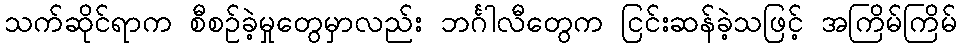
သက်ဆိုင်ရာက စီစဉ်ခဲ့မှုတွေမှာလည်း ဘင်္ဂါလီတွေက ငြင်းဆန်ခဲ့သဖြင့် အကြိမ်ကြိမ်